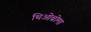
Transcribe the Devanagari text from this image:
थिओब्रोमा